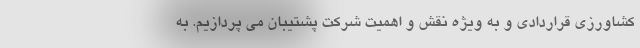
کشاورزی قراردادی و به ویژه نقش و اهمیت شرکت پشتیبان می پردازیم. به